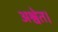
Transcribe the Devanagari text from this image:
अश्वेत।